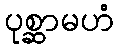
ပုစ္ဆာမဟံ